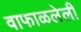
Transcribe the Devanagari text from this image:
वाफाळलेली